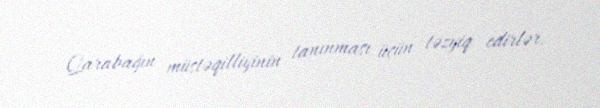
Qarabağın müstəqilliyinin tanınması üçün təzyiq edirlər.